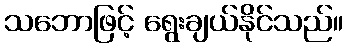
သဘောဖြင့် ရွေးချယ်နိုင်သည်။